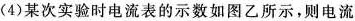
(4)某次实验时电流表的示数如图乙所示，则电流